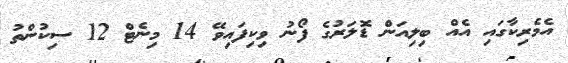
އެމެރިކާގައި އެއް ބިލިއަން ޑޮލަރުގެ ފޯނު ވިކިފައިވޭ 14 މިނެޓް 12 ސިކުންތު